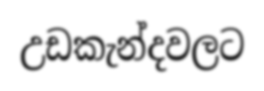
උඩකැන්දවලට